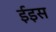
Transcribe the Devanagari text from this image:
ईइस